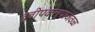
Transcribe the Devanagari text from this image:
द्वीपकल्पाजवळ